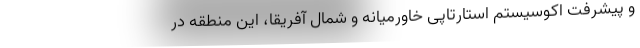
و پیشرفت اکوسیستم استارتاپی خاورمیانه و شمال آفریقا، این منطقه در